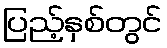
ပြည့်နှစ်တွင်